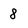
Character: 8